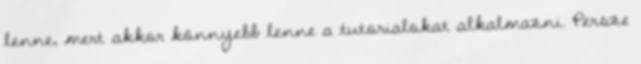
lenne, mert akkor könnyebb lenne a tutorialokat alkalmazni. Persze